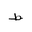
Letter: _da